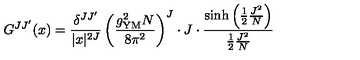
G ^ { J J ^ { \prime } } ( x ) = \frac { \delta ^ { J J ^ { \prime } } } { | x | ^ { 2 J } } \left( \frac { g _ { \mathrm { Y M } } ^ { 2 } N } { 8 \pi ^ { 2 } } \right) ^ { J } \cdot J \cdot \frac { \sinh \left( \frac { 1 } { 2 } \frac { J ^ { 2 } } { N } \right) } { \frac { 1 } { 2 } \frac { J ^ { 2 } } { N } }